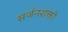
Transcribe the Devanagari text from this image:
सर्जनशक्ती